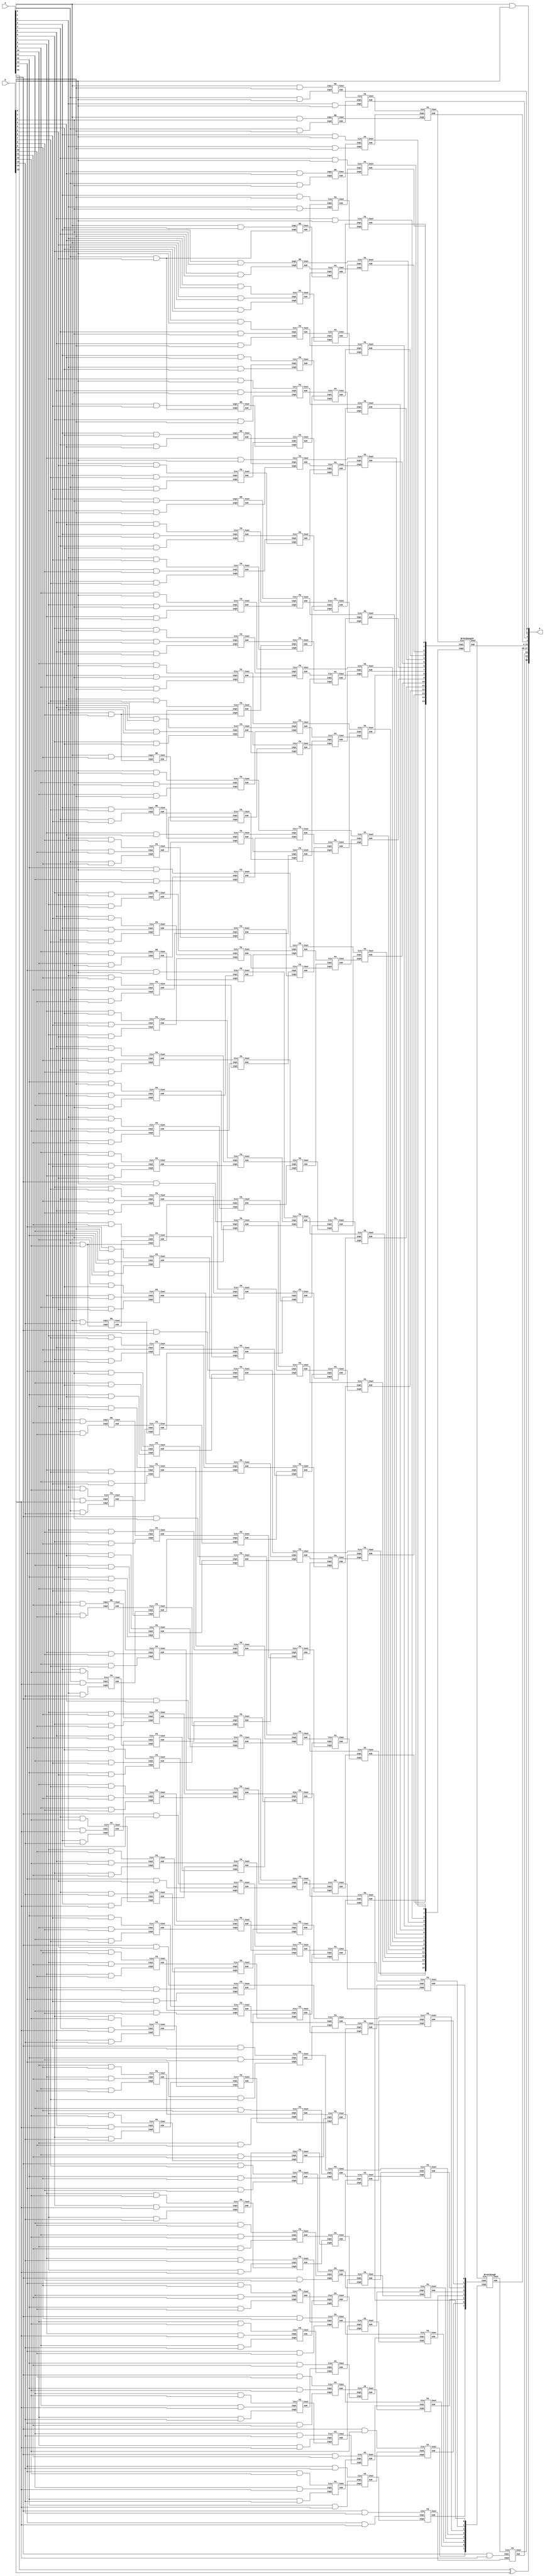
`timescale 1 us/ 1 ns

//**********************************Multiplier***********************************************//
module Fx_16_Mult(a,b,P);
//	input clk;
	input [15:0] a;
	input [15:0] b;
	output [30:0] P;

	wire PP [0:14][14:0];
	//stage1 Sum and Carry
	wire [1:6] sum1,carry1;
	//stage2 Sum and Carry
	wire [1:36] sum2,carry2;
	//stage3 Sum and Carry
	wire [1:48] sum3,carry3;
	//stage4 Sum and Carry
	wire [1:42] sum4,carry4;
	//stage5 Sum and Carry
	wire [24:1] sum5,carry5;
	//stage6 Sum and Carry
	wire [26:1] sum6,carry6;
	//stage6 Sum and Carry
	wire [28:0] sum7;
	wire [1:6] carry7;


	genvar i;
	genvar j;
	generate
		for (i=0;i<15;i=i+1) begin:x
		  for (j=0;j<15;j=j+1) begin:y
			 assign PP [i][j] = a[j] & b[i];
			end
		end
	endgenerate
	//Reduction 15 13 9 6 4 3 2
	//Stage1 Reduction from  15 wires to 13
	
	HA ha1_1(.inp1(PP[13][0]),.inp2(PP[12][1]),.sum(sum1[1]),.Cout(carry1[1]));
	FA fa1_2(.inp1(PP[14][0]),.inp2(PP[13][1]),.Cin(PP[12][2]),.sum(sum1[2]),.Cout(carry1[2]));
	FA fa1_3(.inp1(PP[14][1]),.inp2(PP[13][2]),.Cin(PP[12][3]),.sum(sum1[3]),.Cout(carry1[3]));
	FA fa1_4(.inp1(PP[14][2]),.inp2(PP[13][3]),.Cin(PP[12][4]),.sum(sum1[4]),.Cout(carry1[4]));
	HA fa1_5(.inp1(PP[11][3]),.inp2(PP[10][4]),.sum(sum1[5]),.Cout(carry1[5]));
	HA fa1_6(.inp1(PP[11][4]),.inp2(PP[10][5]),.sum(sum1[6]),.Cout(carry1[6]));
	
	
	//Stage2 Reduction from  13 wires to 9
	HA ha2_1(.inp1(PP[9][0]),.inp2(PP[8][1]),.sum(sum2[1]),.Cout(carry2[1]));
	FA fa2_2(.inp1(PP[10][0]),.inp2(PP[9][1]),.Cin(PP[8][2]),.sum(sum2[2]),.Cout(carry2[2]));
	FA fa2_3(.inp1(PP[11][0]),.inp2(PP[10][1]),.Cin(PP[9][2]),.sum(sum2[3]),.Cout(carry2[3]));
	FA fa2_4(.inp1(PP[12][0]),.inp2(PP[11][1]),.Cin(PP[10][2]),.sum(sum2[4]),.Cout(carry2[4]));
	FA fa2_5(.inp1(sum1[1]),.inp2(PP[12][1]),.Cin(PP[11][2]),.sum(sum2[5]),.Cout(carry2[5]));
	FA fa2_6(.inp1(sum1[2]),.inp2(carry1[1]),.Cin(sum1[5]),.sum(sum2[6]),.Cout(carry2[6]));
	FA fa2_7(.inp1(sum1[3]),.inp2(carry1[2]),.Cin(sum1[6]),.sum(sum2[7]),.Cout(carry2[7]));
	FA fa2_8(.inp1(sum1[4]),.inp2(carry1[3]),.Cin(PP[11][5]),.sum(sum2[8]),.Cout(carry2[8]));
	FA fa2_9(.inp1(PP[14][3]),.inp2(carry1[4]),.Cin(PP[13][4]),.sum(sum2[9]),.Cout(carry2[9]));
	FA fa2_10(.inp1(PP[14][4]),.inp2(PP[13][5]),.Cin(PP[12][6]),.sum(sum2[10]),.Cout(carry2[10]));
	FA fa2_11(.inp1(PP[14][5]),.inp2(PP[13][6]),.Cin(PP[12][7]),.sum(sum2[11]),.Cout(carry2[11]));
	FA fa2_12(.inp1(PP[14][6]),.inp2(PP[13][7]),.Cin(PP[12][8]),.sum(sum2[12]),.Cout(carry2[12]));
	HA ha2_13(.inp1(PP[7][3]),.inp2(PP[6][4]),.sum(sum2[13]),.Cout(carry2[13]));
	FA fa2_14(.inp1(PP[8][3]),.inp2(PP[7][4]),.Cin(PP[6][5]),.sum(sum2[14]),.Cout(carry2[14]));
	FA fa2_15(.inp1(PP[9][3]),.inp2(PP[8][4]),.Cin(PP[7][5]),.sum(sum2[15]),.Cout(carry2[15]));
	FA fa2_16(.inp1(PP[9][4]),.inp2(PP[8][5]),.Cin(PP[7][6]),.sum(sum2[16]),.Cout(carry2[16]));
	FA fa2_17(.inp1(PP[9][5]),.inp2(PP[8][6]),.Cin(PP[7][7]),.sum(sum2[17]),.Cout(carry2[17]));
	FA fa2_18(.inp1(carry1[5]),.inp2(PP[9][6]),.Cin(PP[8][7]),.sum(sum2[18]),.Cout(carry2[18]));
	FA fa2_19(.inp1(carry1[6]),.inp2(PP[10][6]),.Cin(PP[9][7]),.sum(sum2[19]),.Cout(carry2[19]));
	FA fa2_20(.inp1(PP[12][5]),.inp2(PP[11][6]),.Cin(PP[10][7]),.sum(sum2[20]),.Cout(carry2[20]));
	FA fa2_21(.inp1(PP[11][7]),.inp2(PP[10][8]),.Cin(PP[9][9]),.sum(sum2[21]),.Cout(carry2[21]));
	FA fa2_22(.inp1(PP[11][8]),.inp2(PP[10][9]),.Cin(PP[9][10]),.sum(sum2[22]),.Cout(carry2[22]));
	
	HA ha2_23(.inp1(PP[5][6]),.inp2(PP[4][7]),.sum(sum2[23]),.Cout(carry2[23]));
	FA fa2_24(.inp1(PP[6][6]),.inp2(PP[5][7]),.Cin(PP[4][8]),.sum(sum2[24]),.Cout(carry2[24]));
	FA fa2_25(.inp1(PP[6][7]),.inp2(PP[5][8]),.Cin(PP[4][9]),.sum(sum2[25]),.Cout(carry2[25]));
	FA fa2_26(.inp1(PP[6][8]),.inp2(PP[5][9]),.Cin(PP[4][10]),.sum(sum2[26]),.Cout(carry2[26]));
	FA fa2_27(.inp1(PP[7][8]),.inp2(PP[6][9]),.Cin(PP[5][10]),.sum(sum2[27]),.Cout(carry2[27]));
	FA fa2_28(.inp1(PP[8][8]),.inp2(PP[7][9]),.Cin(PP[6][10]),.sum(sum2[28]),.Cout(carry2[28]));
	FA fa2_29(.inp1(PP[9][8]),.inp2(PP[8][9]),.Cin(PP[7][10]),.sum(sum2[29]),.Cout(carry2[29]));
	FA fa2_30(.inp1(PP[8][10]),.inp2(PP[7][11]),.Cin(PP[6][12]),.sum(sum2[30]),.Cout(carry2[30]));
	HA ha2_31(.inp1(PP[3][9]),.inp2(PP[2][10]),.sum(sum2[31]),.Cout(carry2[31]));
	FA fa2_32(.inp1(PP[3][10]),.inp2(PP[2][11]),.Cin(PP[1][12]),.sum(sum2[32]),.Cout(carry2[32]));
	FA fa2_33(.inp1(PP[3][11]),.inp2(PP[2][12]),.Cin(PP[1][13]),.sum(sum2[33]),.Cout(carry2[33]));
	FA fa2_34(.inp1(PP[4][11]),.inp2(PP[3][12]),.Cin(PP[2][13]),.sum(sum2[34]),.Cout(carry2[34]));
	FA fa2_35(.inp1(PP[5][11]),.inp2(PP[4][12]),.Cin(PP[3][13]),.sum(sum2[35]),.Cout(carry2[35]));
	FA fa2_36(.inp1(PP[6][11]),.inp2(PP[5][12]),.Cin(PP[4][13]),.sum(sum2[36]),.Cout(carry2[36]));

	//Stage3 Reduction from  9 wires to 6
	HA ha3_1(.inp1(PP[6][0]),.inp2(PP[5][1]),.sum(sum3[1]),.Cout(carry3[1]));
	FA fa3_2(.inp1(PP[7][0]),.inp2(PP[6][1]),.Cin(PP[5][2]),.sum(sum3[2]),.Cout(carry3[2]));	
	FA fa3_3(.inp1(PP[8][0]),.inp2(PP[7][1]),.Cin(PP[6][2]),.sum(sum3[3]),.Cout(carry3[3]));	
	FA fa3_4(.inp1(sum2[1]),.inp2(PP[8][1]),.Cin(PP[7][2]),.sum(sum3[4]),.Cout(carry3[4]));
	FA fa3_5(.inp1(sum2[2]),.inp2(carry2[1]),.Cin(sum2[13]),.sum(sum3[5]),.Cout(carry3[5]));	
	FA fa3_6(.inp1(sum2[3]),.inp2(carry2[2]),.Cin(sum2[14]),.sum(sum3[6]),.Cout(carry3[6]));	
	FA fa3_7(.inp1(sum2[4]),.inp2(carry2[3]),.Cin(sum2[15]),.sum(sum3[7]),.Cout(carry3[7]));	
	FA fa3_8(.inp1(sum2[5]),.inp2(carry2[4]),.Cin(sum2[16]),.sum(sum3[8]),.Cout(carry3[8]));	
	FA fa3_9(.inp1(sum2[6]),.inp2(carry2[5]),.Cin(sum2[17]),.sum(sum3[9]),.Cout(carry3[9]));	
	FA fa3_10(.inp1(sum2[7]),.inp2(carry2[6]),.Cin(sum2[18]),.sum(sum3[10]),.Cout(carry3[10]));	
	FA fa3_11(.inp1(sum2[8]),.inp2(carry2[7]),.Cin(sum2[19]),.sum(sum3[11]),.Cout(carry3[11]));	
	FA fa3_12(.inp1(sum2[9]),.inp2(carry2[8]),.Cin(sum2[20]),.sum(sum3[12]),.Cout(carry3[12]));	
	FA fa3_13(.inp1(sum2[10]),.inp2(carry2[9]),.Cin(sum2[21]),.sum(sum3[13]),.Cout(carry3[13]));	
	FA fa3_14(.inp1(sum2[11]),.inp2(carry2[10]),.Cin(sum2[22]),.sum(sum3[14]),.Cout(carry3[14]));	
	FA fa3_15(.inp1(sum2[12]),.inp2(carry2[11]),.Cin(PP[11][9]),.sum(sum3[15]),.Cout(carry3[15]));	
	FA fa3_16(.inp1(PP[14][7]),.inp2(carry2[12]),.Cin(PP[13][8]),.sum(sum3[16]),.Cout(carry3[16]));
	FA fa3_17(.inp1(PP[14][8]),.inp2(PP[13][9]),.Cin(PP[12][10]),.sum(sum3[17]),.Cout(carry3[17]));
	FA fa3_18(.inp1(PP[14][9]),.inp2(PP[13][10]),.Cin(PP[12][11]),.sum(sum3[18]),.Cout(carry3[18]));
	HA ha3_19(.inp1(PP[4][3]),.inp2(PP[3][4]),.sum(sum3[19]),.Cout(carry3[19]));	
	FA fa3_20(.inp1(PP[5][3]),.inp2(PP[4][4]),.Cin(PP[3][5]),.sum(sum3[20]),.Cout(carry3[20]));
	FA fa3_21(.inp1(PP[5][4]),.inp2(PP[4][5]),.Cin(PP[3][6]),.sum(sum3[21]),.Cout(carry3[21]));	
	FA fa3_22(.inp1(PP[5][5]),.inp2(PP[4][6]),.Cin(PP[3][7]),.sum(sum3[22]),.Cout(carry3[22]));	
	FA fa3_23(.inp1(carry2[13]),.inp2(sum2[23]),.Cin(PP[3][8]),.sum(sum3[23]),.Cout(carry3[23]));
	FA fa3_24(.inp1(carry2[14]),.inp2(sum2[24]),.Cin(carry2[23]),.sum(sum3[24]),.Cout(carry3[24]));
	FA fa3_25(.inp1(carry2[15]),.inp2(sum2[25]),.Cin(carry2[24]),.sum(sum3[25]),.Cout(carry3[25]));
	FA fa3_26(.inp1(carry2[16]),.inp2(sum2[26]),.Cin(carry2[25]),.sum(sum3[26]),.Cout(carry3[26]));
	FA fa3_27(.inp1(carry2[17]),.inp2(sum2[27]),.Cin(carry2[26]),.sum(sum3[27]),.Cout(carry3[27]));
	FA fa3_28(.inp1(carry2[18]),.inp2(sum2[28]),.Cin(carry2[27]),.sum(sum3[28]),.Cout(carry3[28]));
	FA fa3_29(.inp1(carry2[19]),.inp2(sum2[29]),.Cin(carry2[28]),.sum(sum3[29]),.Cout(carry3[29]));
	FA fa3_30(.inp1(carry2[20]),.inp2(sum2[30]),.Cin(carry2[29]),.sum(sum3[30]),.Cout(carry3[30]));
	FA fa3_31(.inp1(carry2[21]),.inp2(PP[8][11]),.Cin(carry2[30]),.sum(sum3[31]),.Cout(carry3[31]));
	FA fa3_32(.inp1(carry2[22]),.inp2(PP[10][10]),.Cin(PP[9][11]),.sum(sum3[32]),.Cout(carry3[32]));
	FA fa3_33(.inp1(PP[12][9]),.inp2(PP[11][10]),.Cin(PP[10][11]),.sum(sum3[33]),.Cout(carry3[33]));	
	FA fa3_34(.inp1(PP[11][11]),.inp2(PP[10][12]),.Cin(PP[9][13]),.sum(sum3[34]),.Cout(carry3[34]));
	HA ha3_35(.inp1(PP[2][6]),.inp2(PP[1][7]),.sum(sum3[35]),.Cout(carry3[35]));
	FA fa3_36(.inp1(PP[2][7]),.inp2(PP[1][8]),.Cin(PP[0][9]),.sum(sum3[36]),.Cout(carry3[36]));
	FA fa3_37(.inp1(PP[2][8]),.inp2(PP[1][9]),.Cin(PP[0][10]),.sum(sum3[37]),.Cout(carry3[37]));
	FA fa3_38(.inp1(PP[2][9]),.inp2(PP[1][10]),.Cin(PP[0][11]),.sum(sum3[38]),.Cout(carry3[38]));
	FA fa3_39(.inp1(sum2[31]),.inp2(PP[1][11]),.Cin(PP[0][12]),.sum(sum3[39]),.Cout(carry3[39]));		
	FA fa3_40(.inp1(sum2[32]),.inp2(carry2[31]),.Cin(PP[0][13]),.sum(sum3[40]),.Cout(carry3[40]));
	FA fa3_41(.inp1(sum2[33]),.inp2(carry2[32]),.Cin(PP[0][14]),.sum(sum3[41]),.Cout(carry3[41]));
	FA fa3_42(.inp1(sum2[34]),.inp2(carry2[33]),.Cin(PP[1][14]),.sum(sum3[42]),.Cout(carry3[42]));	
	FA fa3_43(.inp1(sum2[35]),.inp2(carry2[34]),.Cin(PP[2][14]),.sum(sum3[43]),.Cout(carry3[43]));	
	FA fa3_44(.inp1(sum2[36]),.inp2(carry2[35]),.Cin(PP[3][14]),.sum(sum3[44]),.Cout(carry3[44]));	
	FA fa3_45(.inp1(PP[5][13]),.inp2(carry2[36]),.Cin(PP[4][14]),.sum(sum3[45]),.Cout(carry3[45]));	
	FA fa3_46(.inp1(PP[7][12]),.inp2(PP[6][13]),.Cin(PP[5][14]),.sum(sum3[46]),.Cout(carry3[46]));
	FA fa3_47(.inp1(PP[8][12]),.inp2(PP[7][13]),.Cin(PP[6][14]),.sum(sum3[47]),.Cout(carry3[47]));
	FA fa3_48(.inp1(PP[9][12]),.inp2(PP[8][13]),.Cin(PP[7][14]),.sum(sum3[48]),.Cout(carry3[48]));	



	//Stage4 Reduction from  6 wires to 4

	HA ha4_1(.inp1(PP[4][0]),.inp2(PP[5][1]),.sum(sum4[1]),.Cout(carry4[1]));
	FA fa4_2(.inp1(PP[5][0]),.inp2(PP[4][1]),.Cin(PP[3][2]),.sum(sum4[2]),.Cout(carry4[2]));
	FA fa4_3(.inp1(sum3[1]),.inp2(PP[4][2]),.Cin(PP[3][3]),.sum(sum4[3]),.Cout(carry4[3]));
	FA fa4_4(.inp1(sum3[2]),.inp2(carry3[1]),.Cin(sum3[19]),.sum(sum4[4]),.Cout(carry4[4]));
	FA fa4_5(.inp1(sum3[3]),.inp2(carry3[2]),.Cin(sum3[20]),.sum(sum4[5]),.Cout(carry4[5]));
	FA fa4_6(.inp1(sum3[4]),.inp2(carry3[3]),.Cin(sum3[21]),.sum(sum4[6]),.Cout(carry4[6]));
	FA fa4_7(.inp1(sum3[5]),.inp2(carry3[4]),.Cin(sum3[22]),.sum(sum4[7]),.Cout(carry4[7]));
	FA fa4_8(.inp1(sum3[6]),.inp2(carry3[5]),.Cin(sum3[23]),.sum(sum4[8]),.Cout(carry4[8]));
	FA fa4_9(.inp1(sum3[7]),.inp2(carry3[6]),.Cin(sum3[24]),.sum(sum4[9]),.Cout(carry4[9]));
	FA fa4_10(.inp1(sum3[8]),.inp2(carry3[7]),.Cin(sum3[25]),.sum(sum4[10]),.Cout(carry4[10]));
	FA fa4_11(.inp1(sum3[9]),.inp2(carry3[8]),.Cin(sum3[26]),.sum(sum4[11]),.Cout(carry4[11]));
	FA fa4_12(.inp1(sum3[10]),.inp2(carry3[9]),.Cin(sum3[27]),.sum(sum4[12]),.Cout(carry4[12]));
	FA fa4_13(.inp1(sum3[11]),.inp2(carry3[10]),.Cin(sum3[28]),.sum(sum4[13]),.Cout(carry4[13]));
	FA fa4_14(.inp1(sum3[12]),.inp2(carry3[11]),.Cin(sum3[29]),.sum(sum4[14]),.Cout(carry4[14]));
	FA fa4_15(.inp1(sum3[13]),.inp2(carry3[12]),.Cin(sum3[30]),.sum(sum4[15]),.Cout(carry4[15]));
	FA fa4_16(.inp1(sum3[14]),.inp2(carry3[13]),.Cin(sum3[31]),.sum(sum4[16]),.Cout(carry4[16]));
	FA fa4_17(.inp1(sum3[15]),.inp2(carry3[14]),.Cin(sum3[32]),.sum(sum4[17]),.Cout(carry4[17]));
	FA fa4_18(.inp1(sum3[16]),.inp2(carry3[15]),.Cin(sum3[33]),.sum(sum4[18]),.Cout(carry4[18]));
	FA fa4_19(.inp1(sum3[17]),.inp2(carry3[16]),.Cin(sum3[34]),.sum(sum4[19]),.Cout(carry4[19]));
	FA fa4_20(.inp1(sum3[18]),.inp2(carry3[17]),.Cin(PP[11][12]),.sum(sum4[20]),.Cout(carry4[20]));
	FA fa4_21(.inp1(PP[14][10]),.inp2(carry3[18]),.Cin(PP[13][11]),.sum(sum4[21]),.Cout(carry4[21]));
	FA fa4_22(.inp1(PP[14][11]),.inp2(PP[13][12]),.Cin(PP[12][13]),.sum(sum4[22]),.Cout(carry4[22]));
	HA ha4_23(.inp1(PP[2][3]),.inp2(PP[1][4]),.sum(sum4[23]),.Cout(carry4[23]));
	FA fa4_24(.inp1(PP[2][4]),.inp2(PP[1][5]),.Cin(PP[0][6]),.sum(sum4[24]),.Cout(carry4[24]));
	FA fa4_25(.inp1(PP[2][5]),.inp2(PP[1][6]),.Cin(PP[0][7]),.sum(sum4[25]),.Cout(carry4[25]));
	FA fa4_26(.inp1(carry3[19]),.inp2(sum3[35]),.Cin(PP[0][8]),.sum(sum4[26]),.Cout(carry4[26]));
	FA fa4_27(.inp1(carry3[20]),.inp2(sum3[36]),.Cin(carry3[35]),.sum(sum4[27]),.Cout(carry4[27]));
	FA fa4_28(.inp1(carry3[21]),.inp2(sum3[37]),.Cin(carry3[36]),.sum(sum4[28]),.Cout(carry4[28]));
	FA fa4_29(.inp1(carry3[22]),.inp2(sum3[38]),.Cin(carry3[37]),.sum(sum4[29]),.Cout(carry4[29]));
	FA fa4_30(.inp1(carry3[23]),.inp2(sum3[39]),.Cin(carry3[38]),.sum(sum4[30]),.Cout(carry4[30]));
	FA fa4_31(.inp1(carry3[24]),.inp2(sum3[40]),.Cin(carry3[39]),.sum(sum4[31]),.Cout(carry4[31]));
	FA fa4_32(.inp1(carry3[25]),.inp2(sum3[41]),.Cin(carry3[40]),.sum(sum4[32]),.Cout(carry4[32]));
	FA fa4_33(.inp1(carry3[26]),.inp2(sum3[42]),.Cin(carry3[41]),.sum(sum4[33]),.Cout(carry4[33]));
	FA fa4_34(.inp1(carry3[27]),.inp2(sum3[43]),.Cin(carry3[42]),.sum(sum4[34]),.Cout(carry4[34]));
	FA fa4_35(.inp1(carry3[28]),.inp2(sum3[44]),.Cin(carry3[43]),.sum(sum4[35]),.Cout(carry4[35]));
	FA fa4_36(.inp1(carry3[29]),.inp2(sum3[45]),.Cin(carry3[44]),.sum(sum4[36]),.Cout(carry4[36]));
	FA fa4_37(.inp1(carry3[30]),.inp2(sum3[46]),.Cin(carry3[45]),.sum(sum4[37]),.Cout(carry4[37]));
	FA fa4_38(.inp1(carry3[31]),.inp2(sum3[47]),.Cin(carry3[46]),.sum(sum4[38]),.Cout(carry4[38]));
	FA fa4_39(.inp1(carry3[32]),.inp2(sum3[48]),.Cin(carry3[47]),.sum(sum4[39]),.Cout(carry4[39]));
	FA fa4_40(.inp1(carry3[33]),.inp2(PP[8][14]),.Cin(carry3[48]),.sum(sum4[40]),.Cout(carry4[40]));
	FA fa4_41(.inp1(carry3[34]),.inp2(PP[10][13]),.Cin(PP[9][14]),.sum(sum4[41]),.Cout(carry4[41]));
	FA fa4_42(.inp1(PP[12][12]),.inp2(PP[11][13]),.Cin(PP[10][14]),.sum(sum4[42]),.Cout(carry4[42]));

	//Stage5 Reduction from  4 wires to 3
	HA ha5_1(.inp1(PP[3][0]),.inp2(PP[2][1]),.sum(sum5[1]),.Cout(carry5[1]));
	FA fa5_2(.inp1(sum4[1]),.inp2(PP[2][2]),.Cin(PP[1][3]),.sum(sum5[2]),.Cout(carry5[2]));
	FA fa5_3(.inp1(sum4[2]),.inp2(carry4[1]),.Cin(sum4[23]),.sum(sum5[3]),.Cout(carry5[3]));
	FA fa5_4(.inp1(sum4[3]),.inp2(carry4[2]),.Cin(sum4[24]),.sum(sum5[4]),.Cout(carry5[4]));
	FA fa5_5(.inp1(sum4[4]),.inp2(carry4[3]),.Cin(sum4[25]),.sum(sum5[5]),.Cout(carry5[5]));
	FA fa5_6(.inp1(sum4[5]),.inp2(carry4[4]),.Cin(sum4[26]),.sum(sum5[6]),.Cout(carry5[6]));
	FA fa5_7(.inp1(sum4[6]),.inp2(carry4[5]),.Cin(sum4[27]),.sum(sum5[7]),.Cout(carry5[7]));
	FA fa5_8(.inp1(sum4[7]),.inp2(carry4[6]),.Cin(sum4[28]),.sum(sum5[8]),.Cout(carry5[8]));
	FA fa5_9(.inp1(sum4[8]),.inp2(carry4[7]),.Cin(sum4[29]),.sum(sum5[9]),.Cout(carry5[9]));
	FA fa5_10(.inp1(sum4[9]),.inp2(carry4[8]),.Cin(sum4[30]),.sum(sum5[10]),.Cout(carry5[10]));
	FA fa5_11(.inp1(sum4[10]),.inp2(carry4[9]),.Cin(sum4[31]),.sum(sum5[11]),.Cout(carry5[11]));
	FA fa5_12(.inp1(sum4[11]),.inp2(carry4[10]),.Cin(sum4[32]),.sum(sum5[12]),.Cout(carry5[12]));
	FA fa5_13(.inp1(sum4[12]),.inp2(carry4[11]),.Cin(sum4[33]),.sum(sum5[13]),.Cout(carry5[13]));
	FA fa5_14(.inp1(sum4[13]),.inp2(carry4[12]),.Cin(sum4[34]),.sum(sum5[14]),.Cout(carry5[14]));
	FA fa5_15(.inp1(sum4[14]),.inp2(carry4[13]),.Cin(sum4[35]),.sum(sum5[15]),.Cout(carry5[15]));
	FA fa5_16(.inp1(sum4[15]),.inp2(carry4[14]),.Cin(sum4[36]),.sum(sum5[16]),.Cout(carry5[16]));
	FA fa5_17(.inp1(sum4[16]),.inp2(carry4[15]),.Cin(sum4[37]),.sum(sum5[17]),.Cout(carry5[17]));
	FA fa5_18(.inp1(sum4[17]),.inp2(carry4[16]),.Cin(sum4[38]),.sum(sum5[18]),.Cout(carry5[18]));
	FA fa5_19(.inp1(sum4[18]),.inp2(carry4[17]),.Cin(sum4[39]),.sum(sum5[19]),.Cout(carry5[19]));
	FA fa5_20(.inp1(sum4[19]),.inp2(carry4[18]),.Cin(sum4[40]),.sum(sum5[20]),.Cout(carry5[20]));
	FA fa5_21(.inp1(sum4[20]),.inp2(carry4[19]),.Cin(sum4[41]),.sum(sum5[21]),.Cout(carry5[21]));
	FA fa5_22(.inp1(sum4[21]),.inp2(carry4[20]),.Cin(sum4[42]),.sum(sum5[22]),.Cout(carry5[22]));
	FA fa5_23(.inp1(sum4[22]),.inp2(carry4[21]),.Cin(PP[11][14]),.sum(sum5[23]),.Cout(carry5[23]));
	FA fa5_24(.inp1(PP[14][12]),.inp2(carry4[22]),.Cin(PP[13][13]),.sum(sum5[24]),.Cout(carry5[24]));


	//Stage6 Reduction from  3 wires to 2
	HA ha6_1(.inp1(PP[2][0]),.inp2(PP[1][1]),.sum(sum6[1]),.Cout(carry6[1]));
	FA fa6_2(.inp1(sum5[1]),.inp2(PP[1][2]),.Cin(PP[0][3]),.sum(sum6[2]),.Cout(carry6[2]));
	FA fa6_3(.inp1(sum5[2]),.inp2(carry5[1]),.Cin(PP[0][4]),.sum(sum6[3]),.Cout(carry6[3]));
	FA fa6_4(.inp1(sum5[3]),.inp2(carry5[2]),.Cin(PP[0][5]),.sum(sum6[4]),.Cout(carry6[4]));
	FA fa6_5(.inp1(sum5[4]),.inp2(carry5[3]),.Cin(carry4[23]),.sum(sum6[5]),.Cout(carry6[5]));
	FA fa6_6(.inp1(sum5[5]),.inp2(carry5[4]),.Cin(carry4[24]),.sum(sum6[6]),.Cout(carry6[6]));
	FA fa6_7(.inp1(sum5[6]),.inp2(carry5[5]),.Cin(carry4[25]),.sum(sum6[7]),.Cout(carry6[7]));
	FA fa6_8(.inp1(sum5[7]),.inp2(carry5[6]),.Cin(carry4[26]),.sum(sum6[8]),.Cout(carry6[8]));
	FA fa6_9(.inp1(sum5[8]),.inp2(carry5[7]),.Cin(carry4[27]),.sum(sum6[9]),.Cout(carry6[9]));
	FA fa6_10(.inp1(sum5[9]),.inp2(carry5[8]),.Cin(carry4[28]),.sum(sum6[10]),.Cout(carry6[10]));
	FA fa6_11(.inp1(sum5[10]),.inp2(carry5[9]),.Cin(carry4[29]),.sum(sum6[11]),.Cout(carry6[11]));
	FA fa6_12(.inp1(sum5[11]),.inp2(carry5[10]),.Cin(carry4[30]),.sum(sum6[12]),.Cout(carry6[12]));
	FA fa6_13(.inp1(sum5[12]),.inp2(carry5[11]),.Cin(carry4[31]),.sum(sum6[13]),.Cout(carry6[13]));
	FA fa6_14(.inp1(sum5[13]),.inp2(carry5[12]),.Cin(carry4[32]),.sum(sum6[14]),.Cout(carry6[14]));
	FA fa6_15(.inp1(sum5[14]),.inp2(carry5[13]),.Cin(carry4[33]),.sum(sum6[15]),.Cout(carry6[15]));
	FA fa6_16(.inp1(sum5[15]),.inp2(carry5[14]),.Cin(carry4[34]),.sum(sum6[16]),.Cout(carry6[16]));
	FA fa6_17(.inp1(sum5[16]),.inp2(carry5[15]),.Cin(carry4[35]),.sum(sum6[17]),.Cout(carry6[17]));
	FA fa6_18(.inp1(sum5[17]),.inp2(carry5[16]),.Cin(carry4[36]),.sum(sum6[18]),.Cout(carry6[18]));
	FA fa6_19(.inp1(sum5[18]),.inp2(carry5[17]),.Cin(carry4[37]),.sum(sum6[19]),.Cout(carry6[19]));
	FA fa6_20(.inp1(sum5[19]),.inp2(carry5[18]),.Cin(carry4[38]),.sum(sum6[20]),.Cout(carry6[20]));
	FA fa6_21(.inp1(sum5[20]),.inp2(carry5[19]),.Cin(carry4[39]),.sum(sum6[21]),.Cout(carry6[21]));
	FA fa6_22(.inp1(sum5[21]),.inp2(carry5[20]),.Cin(carry4[40]),.sum(sum6[22]),.Cout(carry6[22]));
	FA fa6_23(.inp1(sum5[22]),.inp2(carry5[21]),.Cin(carry4[41]),.sum(sum6[23]),.Cout(carry6[23]));
	FA fa6_24(.inp1(sum5[23]),.inp2(carry5[22]),.Cin(carry4[42]),.sum(sum6[24]),.Cout(carry6[24]));
	FA fa6_25(.inp1(sum5[24]),.inp2(carry5[23]),.Cin(PP[12][14]),.sum(sum6[25]),.Cout(carry6[25]));
	FA fa6_26(.inp1(PP[14][13]),.inp2(carry5[24]),.Cin(PP[13][14]),.sum(sum6[26]),.Cout(carry6[26]));

	//Final addition
	HA ha17_1(.inp1(PP[1][0]),.inp2(PP[0][1]),.sum(sum7[1]),.Cout(carry7[1]));
	FA fa7_2(.inp1(sum6[1]),.inp2(PP[0][2]),.Cin(carry7[1]),.sum(sum7[2]),.Cout(carry7[2]));
	FA fa7_3(.inp1(sum6[2]),.inp2(carry6[1]),.Cin(carry7[2]),.sum(sum7[3]),.Cout(carry7[3]));
	BrentKung16 bk1(.inp1(sum6[18:3]),.inp2(carry6[17:2]),.Cin(carry7[3]),.sum(sum7[19:4]),.Cout(carry7[4]));
	BrentKung8 bk2(.inp1(sum6[26:19]),.inp2(carry6[25:18]),.Cin(carry7[4]),.sum(sum7[27:20]),.Cout(carry7[5]));
	FA fa7_4(.inp1(PP[14][14]),.inp2(carry6[26]),.Cin(carry7[5]),.sum(sum7[28]),.Cout(carry7[6]));

	assign sum7[0]=PP[0][0];
	assign P[29]=carry7[6];
	assign P[28:0]=sum7[28:0];
	assign P[30]=a[15]^b[15];
endmodule

	
//Module Half adder//
module HA(inp1,inp2,sum,Cout);
	input inp1,inp2;
	output sum,Cout;
	assign sum=inp1^inp2;
	assign Cout=inp1&inp2;
endmodule
//Module Full adder//
module FA(inp1,inp2,Cin,sum,Cout);
	input inp1,inp2,Cin;
	output sum,Cout;
	assign sum=inp1^inp2^Cin;
	assign Cout=(inp1&inp2)|(inp1&Cin)|(inp2&Cin);
endmodule	
	//Module 16 bit BrentKung adder//
/******************* P and G calculation *************************/
module P_G(input g_i,input g_i_1,input p_i, input p_i_1, output g_out,output p_out);
	assign g_out=g_i | (p_i & g_i_1);
	assign p_out=p_i & p_i_1;
	endmodule
	/******************* Carry out Calculation *************************/
	module carry_out(input g_in,input p_in,input c_in,output c_out);
	assign c_out= g_in | (p_in & c_in);
	endmodule
	/******************* sum calculation *************************/
	module sum_calculation16(a_i,b_i,c_i,Sum);
	input [15:0] a_i;
	input [15:0] b_i;
	input [15:0] c_i;
	output [15:0] Sum;
	assign Sum=a_i ^ b_i ^ c_i;
endmodule
/*******************Brent Kung *************************/
module BrentKung16(inp1,inp2,Cin,sum,Cout);
	input[15:0] inp1,inp2;
	input Cin;
	output[15:0] sum;
	output Cout;
	wire[15:0] G1,P1,c;
	wire[7:0] G2,P2;
	wire[3:0] G3,P3;
	wire[1:0] G4,P4;
	wire G5,P5;
	genvar j;
	generate 
		for(j=0;j<16;j=j+1) begin : x0
			assign G1[j]=inp1[j] & inp2[j];
			assign P1[j]=inp1[j] ^ inp2[j];
		end
	endgenerate
	/*******************G and P calculation *************************/
	genvar i;
	generate 
	for(i=0;i<8;i=i+1) begin : x1
	P_G GP1 (G1[2*i+1],G1[2*i],P1[2*i+1],P1[2*i],G2[i],P2[i]);
	end
	for(i=0;i<4;i=i+1)begin :x2
	P_G GP2 (G2[2*i+1],G2[2*i],P2[2*i+1],P2[2*i],G3[i],P3[i]);
	end
	for(i=0;i<2;i=i+1) begin :x3
	P_G GP3 (G3[2*i+1],G3[2*i],P3[2*i+1],P3[2*i],G4[i],P4[i]);
	end
	endgenerate
	P_G GP4 (G4[1],G4[0],P4[1],P4[0],G5,P5);

	/*******************Carry calculation *************************/
	assign c[0]=Cin;
	assign c[1]=G1[0]|P1[0] & c[0];
	assign c[2]=G2[0]|P2[0] & c[0];
	assign c[4]=G3[0]|P3[0] & c[0];
	assign c[8]=G4[0]|P4[0] & c[0];
	assign Cout=G5|P5 & c[0];
	//C_odd C3,C5,C7,C9,C11,C13,C15
	generate 
	for(i=1;i<8;i=i+1) begin :x4
		carry_out C_odd(G1[2*i],P1[2*i],c[2*i],c[2*i+1]);
	end
	endgenerate
	//C6,C10,C14
	generate 
	for(i=1;i<4;i=i+1) begin :x5
		carry_out C_6_10_14(G2[2*i],P2[2*i],c[4*i],c[4*i+2]);
	end
	endgenerate
	//C13
	carry_out C_12(G3[2],P3[2],c[10],c[12]);
	sum_calculation16 S (inp1,inp2,c,sum);
endmodule

	//Module 8 bit BrentKung adder//

/******************* sum calculation *************************/
module sum_calculation8(a_i,b_i,c_i,Sum);
	input [7:0] a_i;
	input [7:0] b_i;
	input [7:0] c_i;
	output [7:0] Sum;
	assign Sum=a_i ^ b_i ^ c_i;
endmodule
/*******************Brent Kung *************************/
module BrentKung8(inp1,inp2,Cin,sum,Cout);
	input[7:0] inp1,inp2;
	input Cin;
	output[7:0] sum;
	output Cout;
	wire[7:0] G1,P1,c;
	wire[3:0] G2,P2;
	wire[1:0] G3,P3;
	wire G4,P4;
	genvar j;
	generate 
		for(j=0;j<8;j=j+1) begin : x0
			assign G1[j]=inp1[j] & inp2[j];
			assign P1[j]=inp1[j] ^ inp2[j];
		end
	endgenerate
	/*******************G and P calculation *************************/
	genvar i;
	generate 
	for(i=0;i<4;i=i+1) begin : x1
	P_G GP1 (G1[2*i+1],G1[2*i],P1[2*i+1],P1[2*i],G2[i],P2[i]);
	end
	for(i=0;i<2;i=i+1)begin :x2
	P_G GP2 (G2[2*i+1],G2[2*i],P2[2*i+1],P2[2*i],G3[i],P3[i]);
	end
	endgenerate
	P_G GP4 (G3[1],G3[0],P3[1],P3[0],G4,P4);

	/*******************Carry calculation *************************/
	assign c[0]=Cin;
	assign c[1]=G1[0]|P1[0] & c[0];
	assign c[2]=G2[0]|P2[0] & c[0];
	assign c[4]=G3[0]|P3[0] & c[0];
	assign Cout=G4|P4 & c[0];
	//assign Cout=G5|P5 & c[0];
	//C_odd C3,C5,C7
	generate 
	for(i=1;i<4;i=i+1) begin :x4
		carry_out C_odd(G1[2*i],P1[2*i],c[2*i],c[2*i+1]);
	end
	endgenerate
	//C6
	generate 
	for(i=1;i<2;i=i+1) begin :x5
		carry_out C_6_10_14(G2[2*i],P2[2*i],c[4*i],c[4*i+2]);
	end
	endgenerate

	sum_calculation8 S (inp1,inp2,c,sum);
endmodule

//**************************************************************************************************************//
//**************************************************ADDER**************************************************//
//**************************************************************************************************************//
module adder31(a,b,s);
	input [30:0] a,b;
	output [30:0] s;
	
	reg [29:0]adder_inp1,adder_inp2;
	reg adder_Cin,Twos_adder_Cin;
	wire cout;
	wire Twos_cout;
	
	wire [31:0] adder_inp1_32,adder_inp2_32;
	wire [31:0] sum_32,Twos_sum_32;
	
	reg [29:0] Twos_inp1;
	reg [30:0] reg_s;
	reg [31:0] Twos_inp2_32;
	wire [31:0] Twos_inp1_32;
	
	
	
	always @ (*)
	begin
		if (a[30]==b[30]) begin
			adder_inp1<=a[29:0];
			adder_inp2<=b[29:0];
			adder_Cin <= 1'b0;
		end
		else begin
			if (a[30]==0 && b[30]==1) begin
				adder_inp1<=a[29:0];
				adder_inp2<=~b[29:0];
				adder_Cin <= 1'b1;
			end
			else begin
				adder_inp1<=~a[29:0];
				adder_inp2<=b[29:0];
				adder_Cin <= 1'b1;
		   end
	   end
	    Twos_inp1 <=~sum_32[29:0];
		Twos_inp2_32 <=32'd0;
		Twos_adder_Cin <=1'b1;
	   if(a[30]==b[30]) begin
			reg_s [30] <= a[30];
			reg_s [29:0] <=sum_32[29:0];
		end
		else begin
			
			if(sum_32[30]==1) begin
				reg_s [30] <= 1'b0;
				reg_s [29:0] <=sum_32[29:0];
			end
			else begin
				reg_s [30] <= 1'b1;
				reg_s [29:0] <=Twos_sum_32[29:0];
			end
		end
	end
	
	
	
	
	assign s=reg_s;
	assign adder_inp1_32={2'b00,adder_inp1};
	assign adder_inp2_32={2'b00,adder_inp2};
	
	assign Twos_inp1_32={2'b00,Twos_inp1};
    BrentKung32 bk10(.inp1(adder_inp1_32),.inp2(adder_inp1_32),.Cin(adder_Cin),.sum(sum_32),.Cout(cout));	
	BrentKung32 bk11(.inp1(Twos_inp1_32),.inp2(Twos_inp2_32),.Cin(Twos_adder_Cin),.sum(Twos_sum_32),.Cout(Twos_cout));	
	
endmodule	
	
	
	/******************* sum calculation *************************/
module sum_calculation32(a_i,b_i,c_i,Sum);
	input [31:0] a_i;
	input [31:0] b_i;
	input [31:0] c_i;
	output [31:0] Sum;
	assign Sum=a_i ^ b_i ^ c_i;
endmodule
	/*******************Brent Kung *************************/
module BrentKung32(inp1,inp2,Cin,sum,Cout);
	input[31:0] inp1,inp2;
	input Cin;
	output[31:0] sum;
	output Cout;
	wire[31:0] G1,P1,c;
	wire[15:0] G2,P2;
	wire[7:0] G3,P3;
	wire[4:0] G4,P4;
	wire[1:0]G5,P5;
	wire     G6,P6;
	genvar j;
	generate 
		for(j=0;j<32;j=j+1) begin : x0
			assign G1[j]=inp1[j] & inp2[j];
			assign P1[j]=inp1[j] ^ inp2[j];
		end
	endgenerate
	/*******************G and P calculation *************************/
	genvar i;
	generate 
	for(i=0;i<16;i=i+1) begin : x1
	P_G GP1 (G1[2*i+1],G1[2*i],P1[2*i+1],P1[2*i],G2[i],P2[i]);
	end
	for(i=0;i<8;i=i+1)begin :x2
	P_G GP2 (G2[2*i+1],G2[2*i],P2[2*i+1],P2[2*i],G3[i],P3[i]);
	end
	for(i=0;i<4;i=i+1) begin :x3
	P_G GP3 (G3[2*i+1],G3[2*i],P3[2*i+1],P3[2*i],G4[i],P4[i]);
	end
	for(i=0;i<2;i=i+1) begin :x4
	P_G GP4 (G4[2*i+1],G4[2*i],P4[2*i+1],P4[2*i],G5[i],P5[i]);
	end
	endgenerate
	P_G GP5 (G5[1],G5[0],P5[1],P5[0],G6,P6);

	/*******************Carry calculation *************************/
	assign c[0]=Cin;
	assign c[1]=G1[0]|P1[0] & c[0];
	assign c[2]=G2[0]|P2[0] & c[0];
	assign c[4]=G3[0]|P3[0] & c[0];
	assign c[8]=G4[0]|P4[0] & c[0];
	assign c[16]=G5[0]|P5[0] & c[0];
	assign Cout=G6|P6 & c[0];
	//C_odd C3,C5,C7,C9,C11,C13,C15,C17,C19,C21,C23,C25,C27,C29,C31
	generate 
	for(i=1;i<16;i=i+1) begin :x10
		carry_out C_odd(G1[2*i],P1[2*i],c[2*i],c[2*i+1]);
	end
	endgenerate
	//C6,C10,C14,C18,C22,C26,C30
	generate 
	for(i=1;i<8;i=i+1) begin :x5
		carry_out C_1(G2[2*i],P2[2*i],c[4*i],c[4*i+2]);
	end
	endgenerate
	//C12,C20,C28
	generate 
	for(i=1;i<4;i=i+1) begin :x6
		carry_out C_2(G3[2*i],P3[2*i],c[8*i],c[8*i+4]);
	end
	endgenerate
	//C24
	carry_out C_3(G4[2],P4[2],c[16],c[24]);
	sum_calculation32 S (inp1,inp2,c,sum);
endmodule